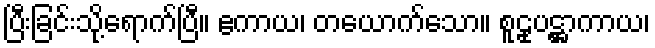
ပြီးခြင်းသို့ရောက်ပြီ။ ဧကာယ၊ တယောက်သော။ စူဠုပဋ္ဌာကာယ၊